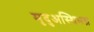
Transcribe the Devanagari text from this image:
मृदुअस्थिभग्न